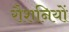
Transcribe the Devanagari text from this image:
रौशनियों